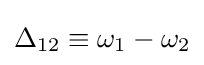
\Delta _{12}\equiv \omega _{1}-\omega _{2}